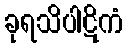
ခုရသိပါဋိကံ